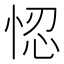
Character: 𢚴